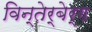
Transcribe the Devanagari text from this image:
विन्तेर्बेर्ग